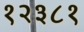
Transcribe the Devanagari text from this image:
१२३८१